Document type: Testament
Year: 1300
Scribe: Bonanat d'Esparreguera
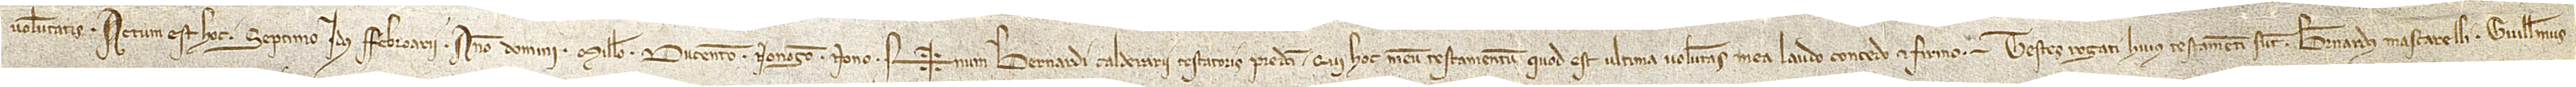
voluntatis. Actum est hoc septimo idus febroarii, anno Domini millesimo ducentesimo nonagesimo nono. Sig+num Bernardi Calderarii, testatoris predicti, qui hoc meum testamentum, quod est ultima voluntas mea, laudo, concedo et firmo. Testes rogati huius testamenti sunt: Bernardus Mascarelli, Guillelmus